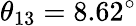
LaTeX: \theta_{13}=8.62^{\circ}